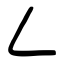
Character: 𠃋